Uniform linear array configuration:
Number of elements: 48
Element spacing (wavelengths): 0.25
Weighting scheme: cosine
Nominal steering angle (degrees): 15
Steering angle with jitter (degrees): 13.366
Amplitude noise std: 0.05
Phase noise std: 0.05

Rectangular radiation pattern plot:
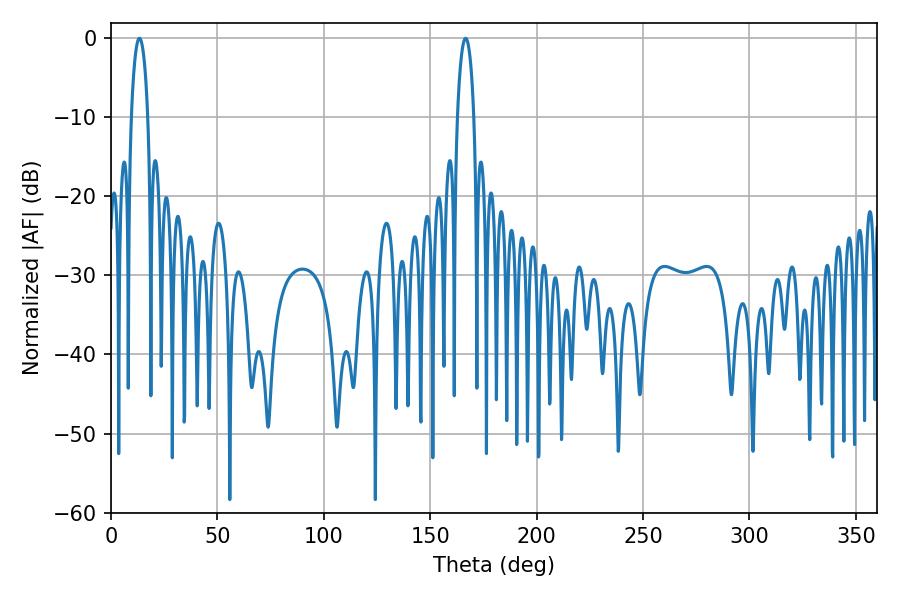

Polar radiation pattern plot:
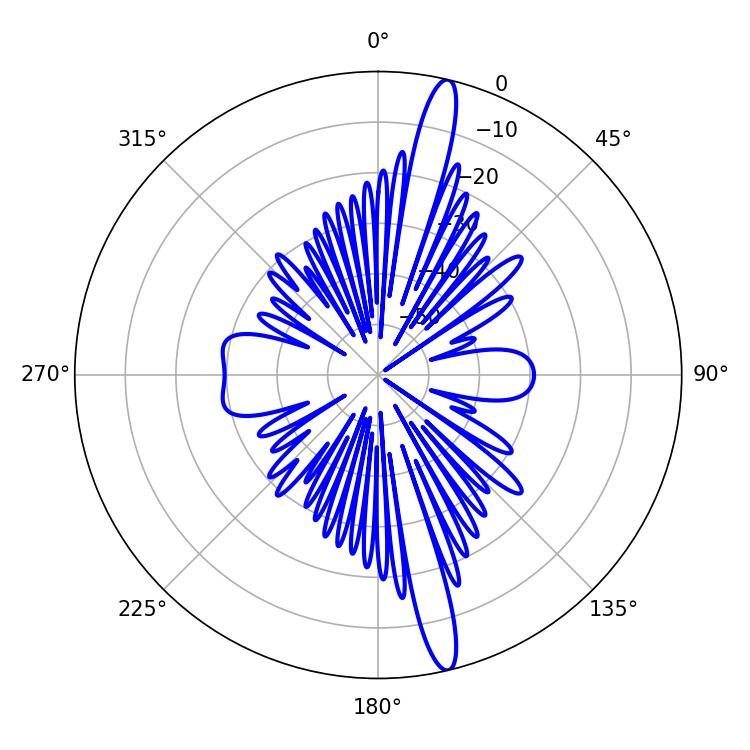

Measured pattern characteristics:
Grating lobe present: FALSE
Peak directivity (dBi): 17.034
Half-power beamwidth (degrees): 4.32
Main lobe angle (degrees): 13.32